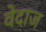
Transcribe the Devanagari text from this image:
वेदाज